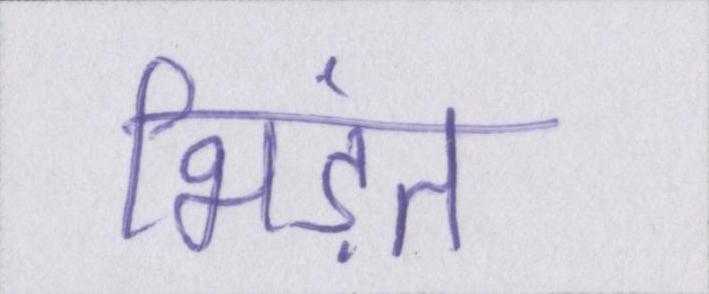
भिड़ंत